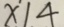
x \vert 4